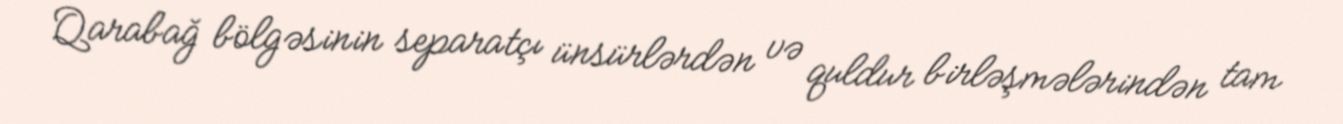
Qarabağ bölgəsinin separatçı ünsürlərdən və quldur birləşmələrindən tam